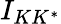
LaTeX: I_{KK^{*}}